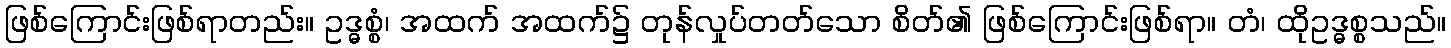
ဖြစ်ကြောင်းဖြစ်ရာတည်း။ ဥဒ္ဓစ္စံ၊ အထက် အထက်၌ တုန်လှုပ်တတ်သော စိတ်၏ ဖြစ်ကြောင်းဖြစ်ရာ။ တံ၊ ထိုဥဒ္ဓစ္စသည်။